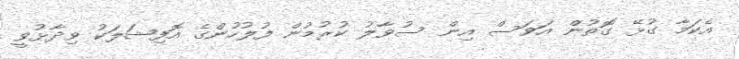
އެކަމާ ގުޅޭ ގޮތުން އަވަސް އިން ސުވާލު ކުރުމުން ފުލުހުންގެ އޮފިޝަލަކު ވިދާޅުވީ